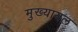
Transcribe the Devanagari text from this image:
मुख्‍यायल